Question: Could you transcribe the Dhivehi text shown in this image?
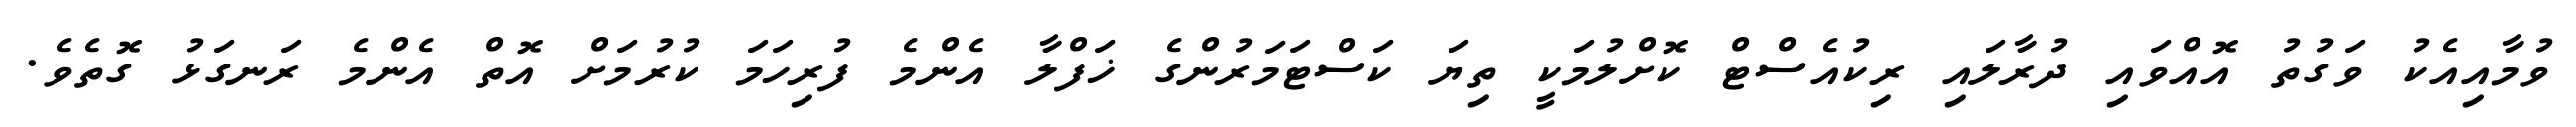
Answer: ވުމާއިއެކު ވަގުތު އޮއްވައި ދުރާލައި ރިކުއެސްޓް ކޮށްލުމަކީ ތިޔަ ކަސްޓަމަރުންގެ ޚަފްލާ އެންމެ ފުރިހަމަ ކުރުމަށް އޮތް އެންމެ ރަނގަޅު ގޮތެވެ.